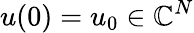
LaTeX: u(0)=u_{0}\in\mathbb{C}^{N}